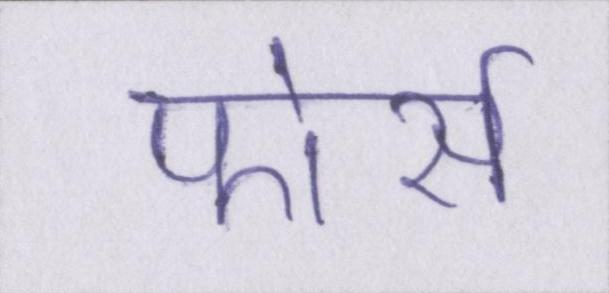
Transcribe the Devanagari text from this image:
फोर्स